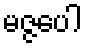
မဇ္ဇပေါ